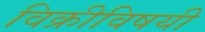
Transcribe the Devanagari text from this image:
विक्रीविषयी